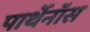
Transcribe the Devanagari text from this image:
पार्थेनॉस